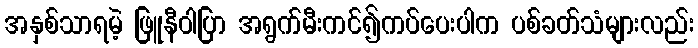
အနှစ်သာရမဲ့ ဖြူနီဝါပြာ အရွက်မီးကင်၍ကပ်ပေးပါက ပစ်ခတ်သံများလည်း